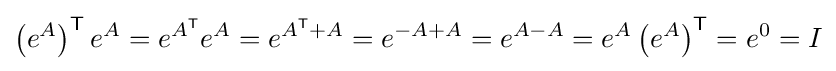
\left(e^{A}\right)^{\textsf {T}}e^{A}=e^{A^{\textsf {T}}}e^{A}=e^{A^{\textsf {T}}+A}=e^{-A+A}=e^{A-A}=e^{A}\left(e^{A}\right)^{\textsf {T}}=e^{0}=I